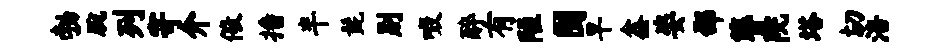
勃腕列寄介儆播半髭别啜醉有陋囿早鑫姿邵簪院塔切涪